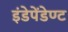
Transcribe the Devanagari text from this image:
इंडेपेंडेण्ट